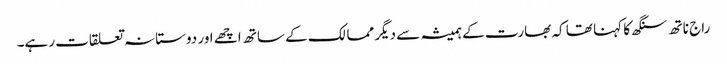
راج ناتھ سنگھ کا کہنا تھا کہ بھارت کے ہمیشہ سے دیگر ممالک کے ساتھ اچھے اور دوستانہ تعلقات رہے۔